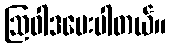
ဩဝါဒပေးပါတယ်။